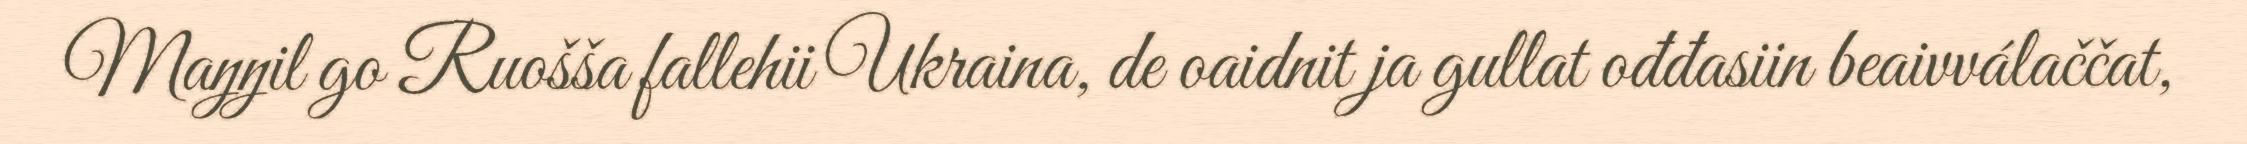
Maŋŋil go Ruošša fallehii Ukraina, de oaidnit ja gullat ođđasiin beaivválaččat,